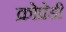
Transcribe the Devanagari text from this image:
क्रोप्रेडी